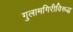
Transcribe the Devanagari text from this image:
गुलामगिरीविरूद्ध